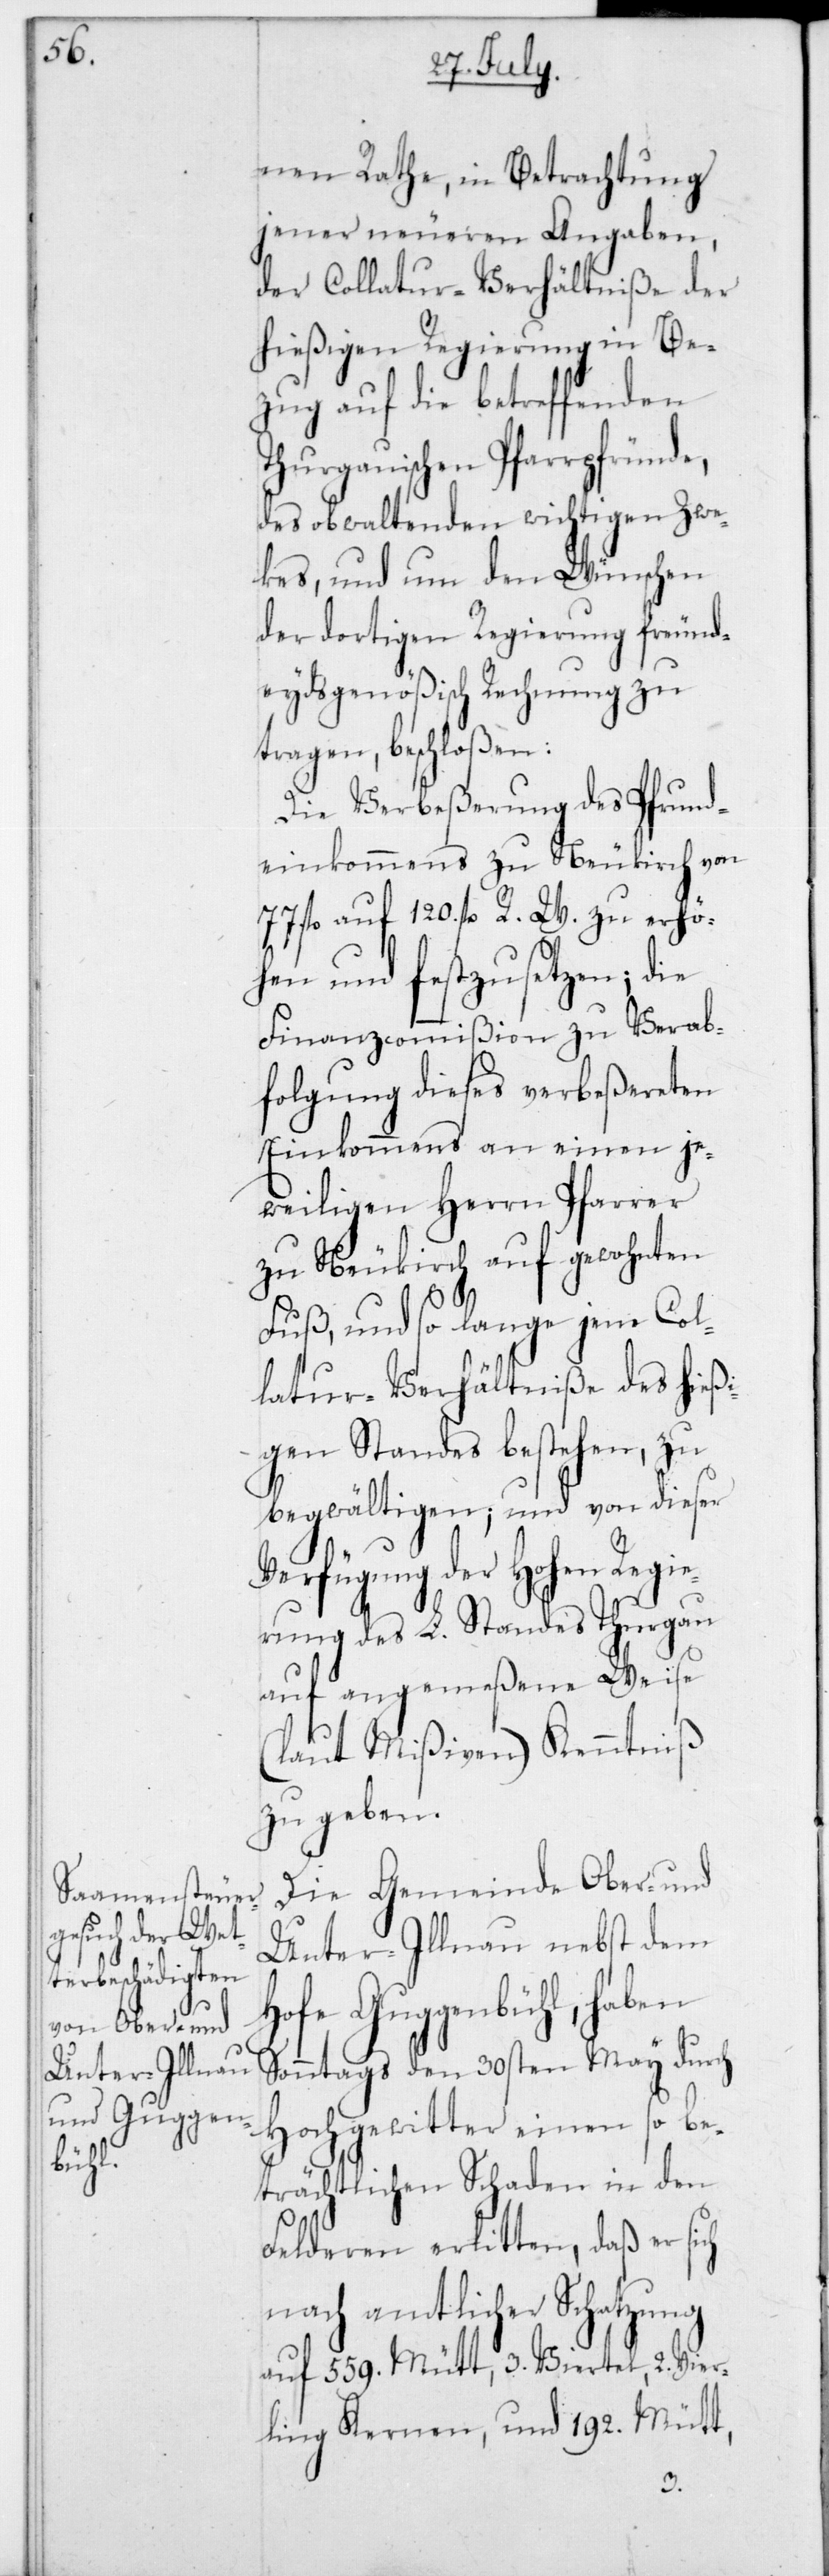
nen Rathe, in Betrachtung
jener neueren Angaben,
der Collatur-Verhältniße der
hießigen Regierung in Be¬
zug auf die betreffenden
Thurgauischen Pfarrpfründe,
des obwaltenden wichtigen Zwe¬
kes, und um den Wünschen
der dortigen Regierung freund¬
eydsgenößisch Rechnung zu
tragen, beschloßen:
Die Verbeßerung des Pfrund¬
einkommens zu Neukirch von
fl. auf 120 fl. R. W. zu erhö¬
hen und festzusetzen; die
Finanzcommißion zu Verab¬
folgung dieses verbeßereten
Einkommens an einen je¬
weiligen Herrn Pfarrer
zu Neukirch auf gewohnten
Fuß, und so lange jene Col¬
latur-Verhältniße des hießi¬
genStandes bestehen, zu
begwältigen; und von dieser
Verfügung der hohen Regie¬
rung des L. Standes Thurgau
auf angemeßene Weise
(laut Mißiven) Kenntniß
zu geben.
Die Gemeinde Ober- und
Unter-Illnau nebst dem
Hofe Guggenbühl, haben
Sonntags den 30sten May durch
Hochgewitter einen so be¬
trächtlichen Schaden in den
Felderen erlitten, daß er
nach amtlicher Schatzung
auf 559 Mütt, 3 Viertel, 2 Vier¬
ling Kernen, und 192 Mütt,